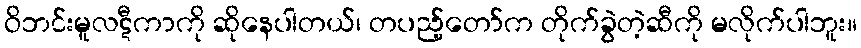
ဝိဘင်းမူလဋီကာကို ဆိုနေပါတယ်၊ တပည့်တော်က တိုက်ခွဲတဲ့ဆီကို မလိုက်ပါဘူး။